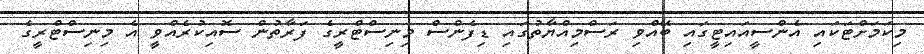
މިކަމަށްޓަކައި އެންސީއައިޓީގައި ބޭއްވި ރަސްމިއްޔާތުގައި ޑިފެންސް މިނިސްޓްރީގެ ފަރާތުން ސޮއިކުރެއްވީ އެ މިނިސްޓްރީގެ